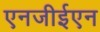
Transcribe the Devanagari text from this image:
एनजीईएन